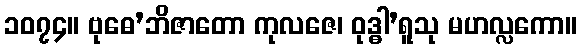
၁၀၇၄။ ဗုဓေ’ဘိဇာတော ကုလဇေ၊ ဝုဒ္ဓါ’ရူသု မဟလ္လကော။